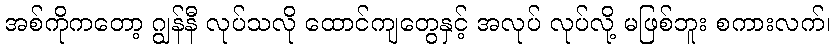
အစ်ကိုကတော့ ဂျွန်နီ လုပ်သလို ထောင်ကျတွေနှင့် အလုပ် လုပ်လို့ မဖြစ်ဘူး စကားလက်၊